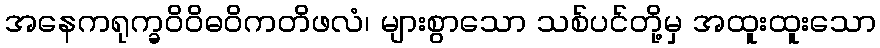
အနေကရုက္ခဝိဝိဓဝိကတိဖလံ၊ များစွာသော သစ်ပင်တို့မှ အထူးထူးသော